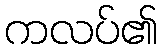
ကလပ်၏